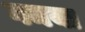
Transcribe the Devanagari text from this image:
गमया